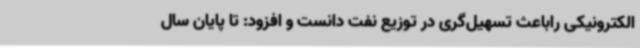
الکترونیکی راباعث تسهیل‌گری در توزیع نفت دانست و افزود: تا پایان سال